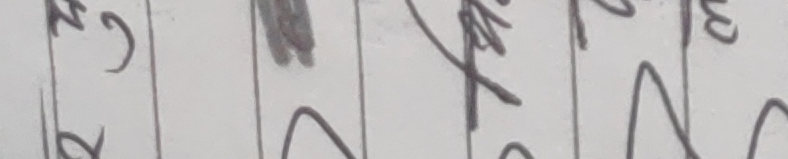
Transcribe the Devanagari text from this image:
२७७२